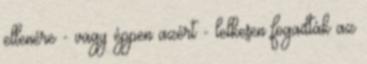
ellenére - vagy éppen azért - lelkesen fogadták az